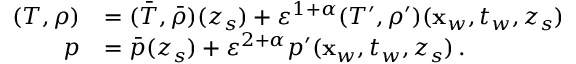
\begin{array} { r l } { ( T , \rho ) } & { = ( \bar { T } , \bar { \rho } ) ( z _ { s } ) + { \varepsilon } ^ { 1 + \alpha } ( T ^ { \prime } , \rho ^ { \prime } ) ( \mathbf { x } _ { w } , t _ { w } , z _ { s } ) } \\ { p } & { = \bar { p } ( z _ { s } ) + { \varepsilon } ^ { 2 + \alpha } p ^ { \prime } ( \mathbf { x } _ { w } , t _ { w } , z _ { s } ) \, . } \end{array}